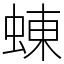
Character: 蝀